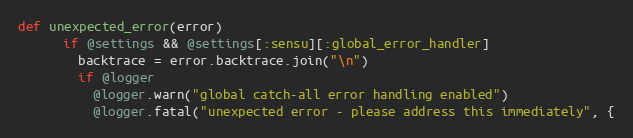
Language: Ruby
def unexpected_error(error)
      if @settings && @settings[:sensu][:global_error_handler]
        backtrace = error.backtrace.join("\n")
        if @logger
          @logger.warn("global catch-all error handling enabled")
          @logger.fatal("unexpected error - please address this immediately", {